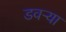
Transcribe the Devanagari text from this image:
डवऱ्या